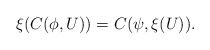
\begin{align*}\xi(C(\phi,U))=C(\psi,\xi(U)).\end{align*}